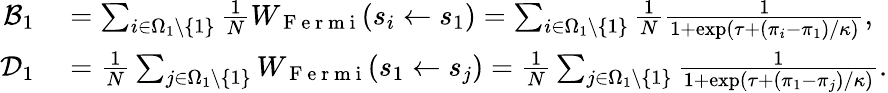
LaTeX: \begin{array}{rl}{\mathcal{B}_{1}}&{{}=\sum_{i\in\Omega_{1}\backslash\{ 1\} }\frac{1}{N}W_{\mathrm{~F~e~r~m~i~}}(s_{i}\gets s_{1})=\sum_{i\in\Omega_{1}\backslash\{ 1\} }\frac{1}{N}\frac{1}{1+\exp(\tau+(\pi_{i}-\pi_{1})/\kappa)},}\\ {\mathcal{D}_{1}}&{{}=\frac{1}{N}\sum_{j\in\Omega_{1}\backslash\{ 1\} }W_{\mathrm{~F~e~r~m~i~}}(s_{1}\gets s_{j})=\frac{1}{N}\sum_{j\in\Omega_{1}\backslash\{ 1\} }\frac{1}{1+\exp(\tau+(\pi_{1}-\pi_{j})/\kappa)}.}\end{array}